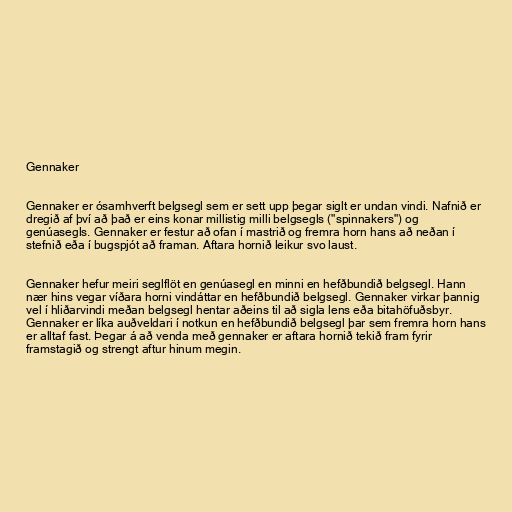
Gennaker

Gennaker er ósamhverft belgsegl sem er sett upp þegar siglt er undan vindi. Nafnið er
dregið af því að það er eins konar millistig milli belgsegls ("spinnakers") og
genúasegls. Gennaker er festur að ofan í mastrið og fremra horn hans að neðan í
stefnið eða í bugspjót að framan. Aftara hornið leikur svo laust.

Gennaker hefur meiri seglflöt en genúasegl en minni en hefðbundið belgsegl. Hann
nær hins vegar víðara horni vindáttar en hefðbundið belgsegl. Gennaker virkar þannig
vel í hliðarvindi meðan belgsegl hentar aðeins til að sigla lens eða bitahöfuðsbyr.
Gennaker er líka auðveldari í notkun en hefðbundið belgsegl þar sem fremra horn hans
er alltaf fast. Þegar á að venda með gennaker er aftara hornið tekið fram fyrir
framstagið og strengt aftur hinum megin.